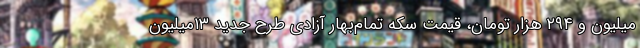
‌میلیون و ۲۹۴ هزار تومان، قیمت سکه تمام‌بهار آزادی طرح جدید ۱۳میلیون